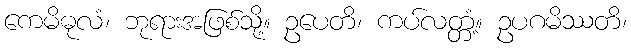
ကေမိဓုလံ၊ ဘုရားအဖြစ်သို့။ ဥပေတိ၊ ကပ်လတ္တံ့။ ဥပဂမိဿတိ၊